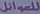
للعوائل